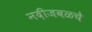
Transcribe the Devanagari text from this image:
नदीजवळचे